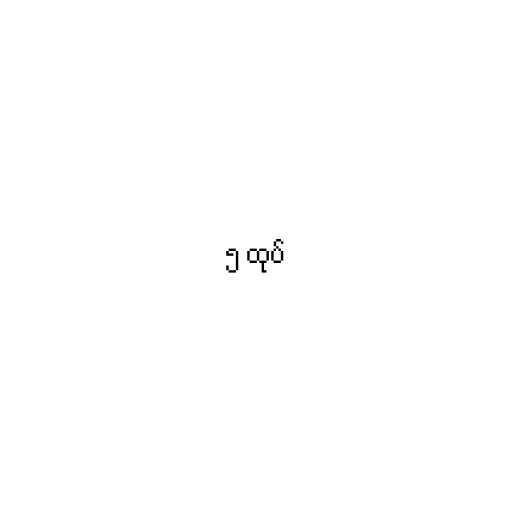
၅ ထုပ်